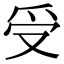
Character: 受